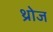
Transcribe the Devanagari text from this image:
थ्रोज